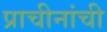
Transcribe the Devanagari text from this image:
प्राचीनांची